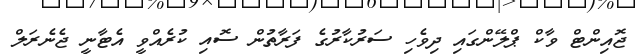
ޖޮއިންޓް ވާކް ޕްލޭންގައި ދިވެހި ސަރުކާރުގެ ފަރާތުން ސޮއި ކުރެއްވީ އެޓާނީ ޖެނެރަލް